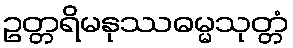
ဥတ္တရိမနုဿဓမ္မသုတ္တံ